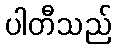
ပါတီသည်